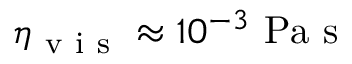
\eta _ { \mathrm { ~ v ~ i ~ s ~ } } \approx 1 0 ^ { - 3 } ~ \mathrm { P a } ~ \mathrm { s }